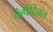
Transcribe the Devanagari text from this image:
कंपैटिबल